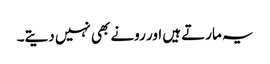
یہ مارتے ہیں اور رونے بھی نہیں دیتے۔